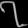
Digit: ၇